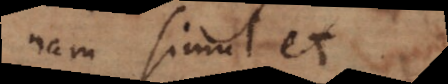
nam simul et